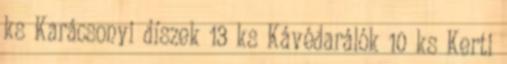
ks Karácsonyi díszek 13 ks Kávédarálók 10 ks Kerti